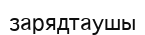
зарядтаушы